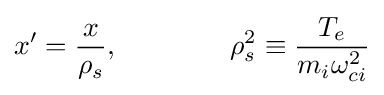
x'={\frac {x}{\rho _{s}}},\ \ \ \ \ \ \ \ \ \ \ \ \rho _{s}^{2}\equiv {\frac {T_{e}}{m_{i}\omega _{ci}^{2}}}